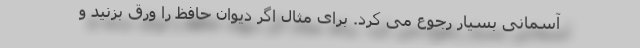
آسمانی بسیار رجوع می کرد. برای مثال اگر دیوان حافظ را ورق بزنید و